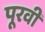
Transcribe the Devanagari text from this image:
पूरवी